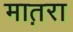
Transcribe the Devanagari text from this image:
मात़रा